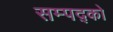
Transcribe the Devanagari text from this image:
सम्पद्को